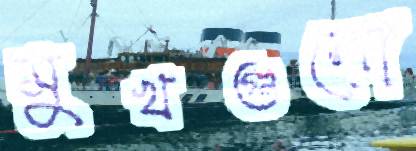
মুখগুলো